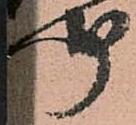
聞